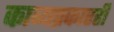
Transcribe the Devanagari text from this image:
काव्यप्रकारही